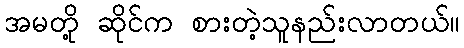
အမတို့ ဆိုင်က စားတဲ့သူနည်းလာတယ်။